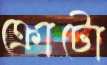
ক্রোটো